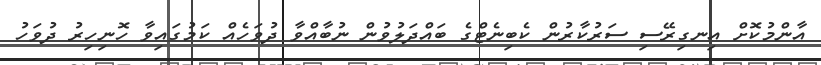
އާންމުކޮށް އިނގިރޭސި ސަރުކާރުން ކެބިނެޓްގެ ބައްދަލުވުން ނުބާއްވާ ދުވަހެއް ކަމުގައިވާ ހޮނިހިރު ދުވަހު